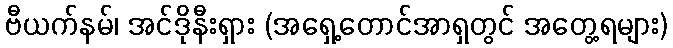
ဗီယက်နမ်၊ အင်ဒိုနီးရှား (အရှေ့တောင်အာရှတွင် အတွေ့ရများ)